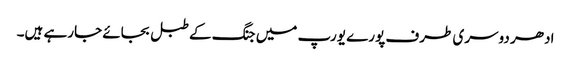
ادھر دوسری طرف پورے یورپ میں جنگ کے طبل بجائے جارہے ہیں۔